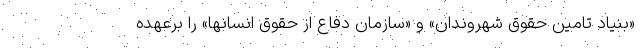
«بنیاد تامین حقوق شهروندان» و «سازمان دفاع از حقوق انسانها» را برعهده